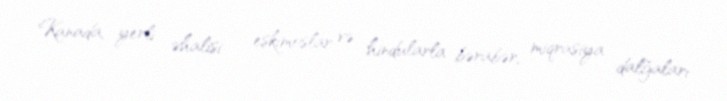
Kanada, yerli əhalisi – eskimoslar və hindularla bərabər, miqrasiya dalğaları